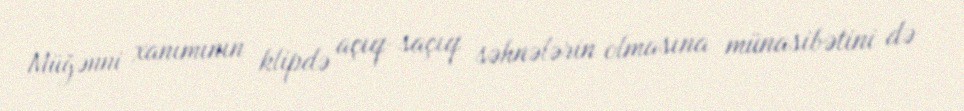
Müğənni xanımının klipdə açıq-saçıq səhnələrin olmasına münasibətini də